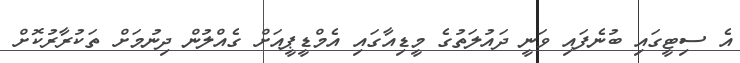
އެ ސިޓީގައި ބުނެފައި ވަނީ ދައުލަތުގެ މީޑިއާގައި އެމްޑީޕީއަށް ގެއްލުން ދިނުމަށް ތަކުރާރުކޮށް